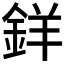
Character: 𨦡